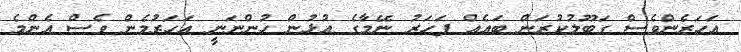
އަހަރެންވެސް ގަބޫލުކުރަން ބައެއް ފަހަރު ނޭމާގެ އުޅުން ހުންނަނީ އަހަރުމެން ވެސް އެންމެ